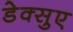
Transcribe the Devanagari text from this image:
डेक्सुए